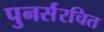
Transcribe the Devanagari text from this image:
पुनर्संरचित